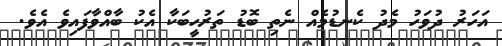
އަހަރު ދުވަހު މެދު ކެނޑުމެއް ނެތި ބޮޑު ތަރުހީބަކާ އެކު ބާއްވާފައިވެ އެވެ.